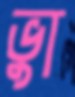
ভুা